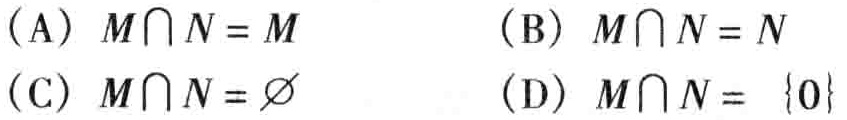
(A) \(M\cap N = M\)
(B) \(M\cap N = N\)
(C) \(M\cap N = \varnothing\)
(D) \(M\cap N = \{0\}\)